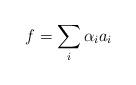
LaTeX: \begin{align*}f=\sum_i\alpha_i a_i\end{align*}